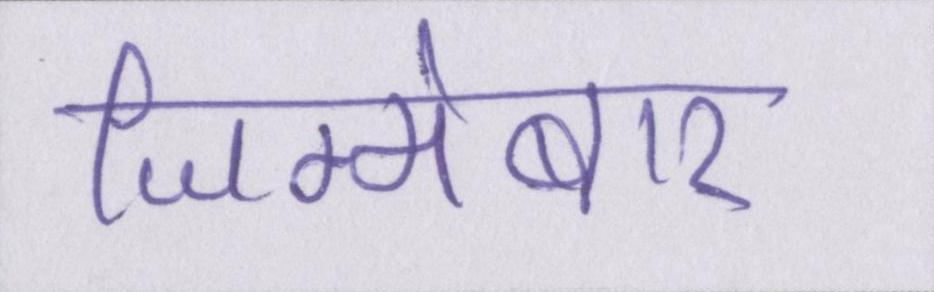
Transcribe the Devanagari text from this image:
जिम्मेबार